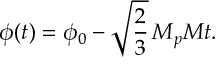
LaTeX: \phi ( t ) = \phi _ { 0 } - \sqrt { \frac { 2 } { 3 } } \, M _ { p } M t .